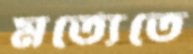
মর্ত্যেতে